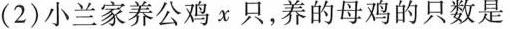
(2)小兰家养公鸡χ只，养的母鸡的只数是